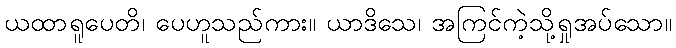
ယထာရူပေတိ၊ ပေဟူသည်ကား။ ယာဒိသေ၊ အကြင်ကဲ့သို့ရှုအပ်သော။